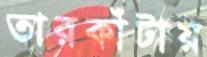
তারকাঁটায়